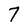
Character: 7